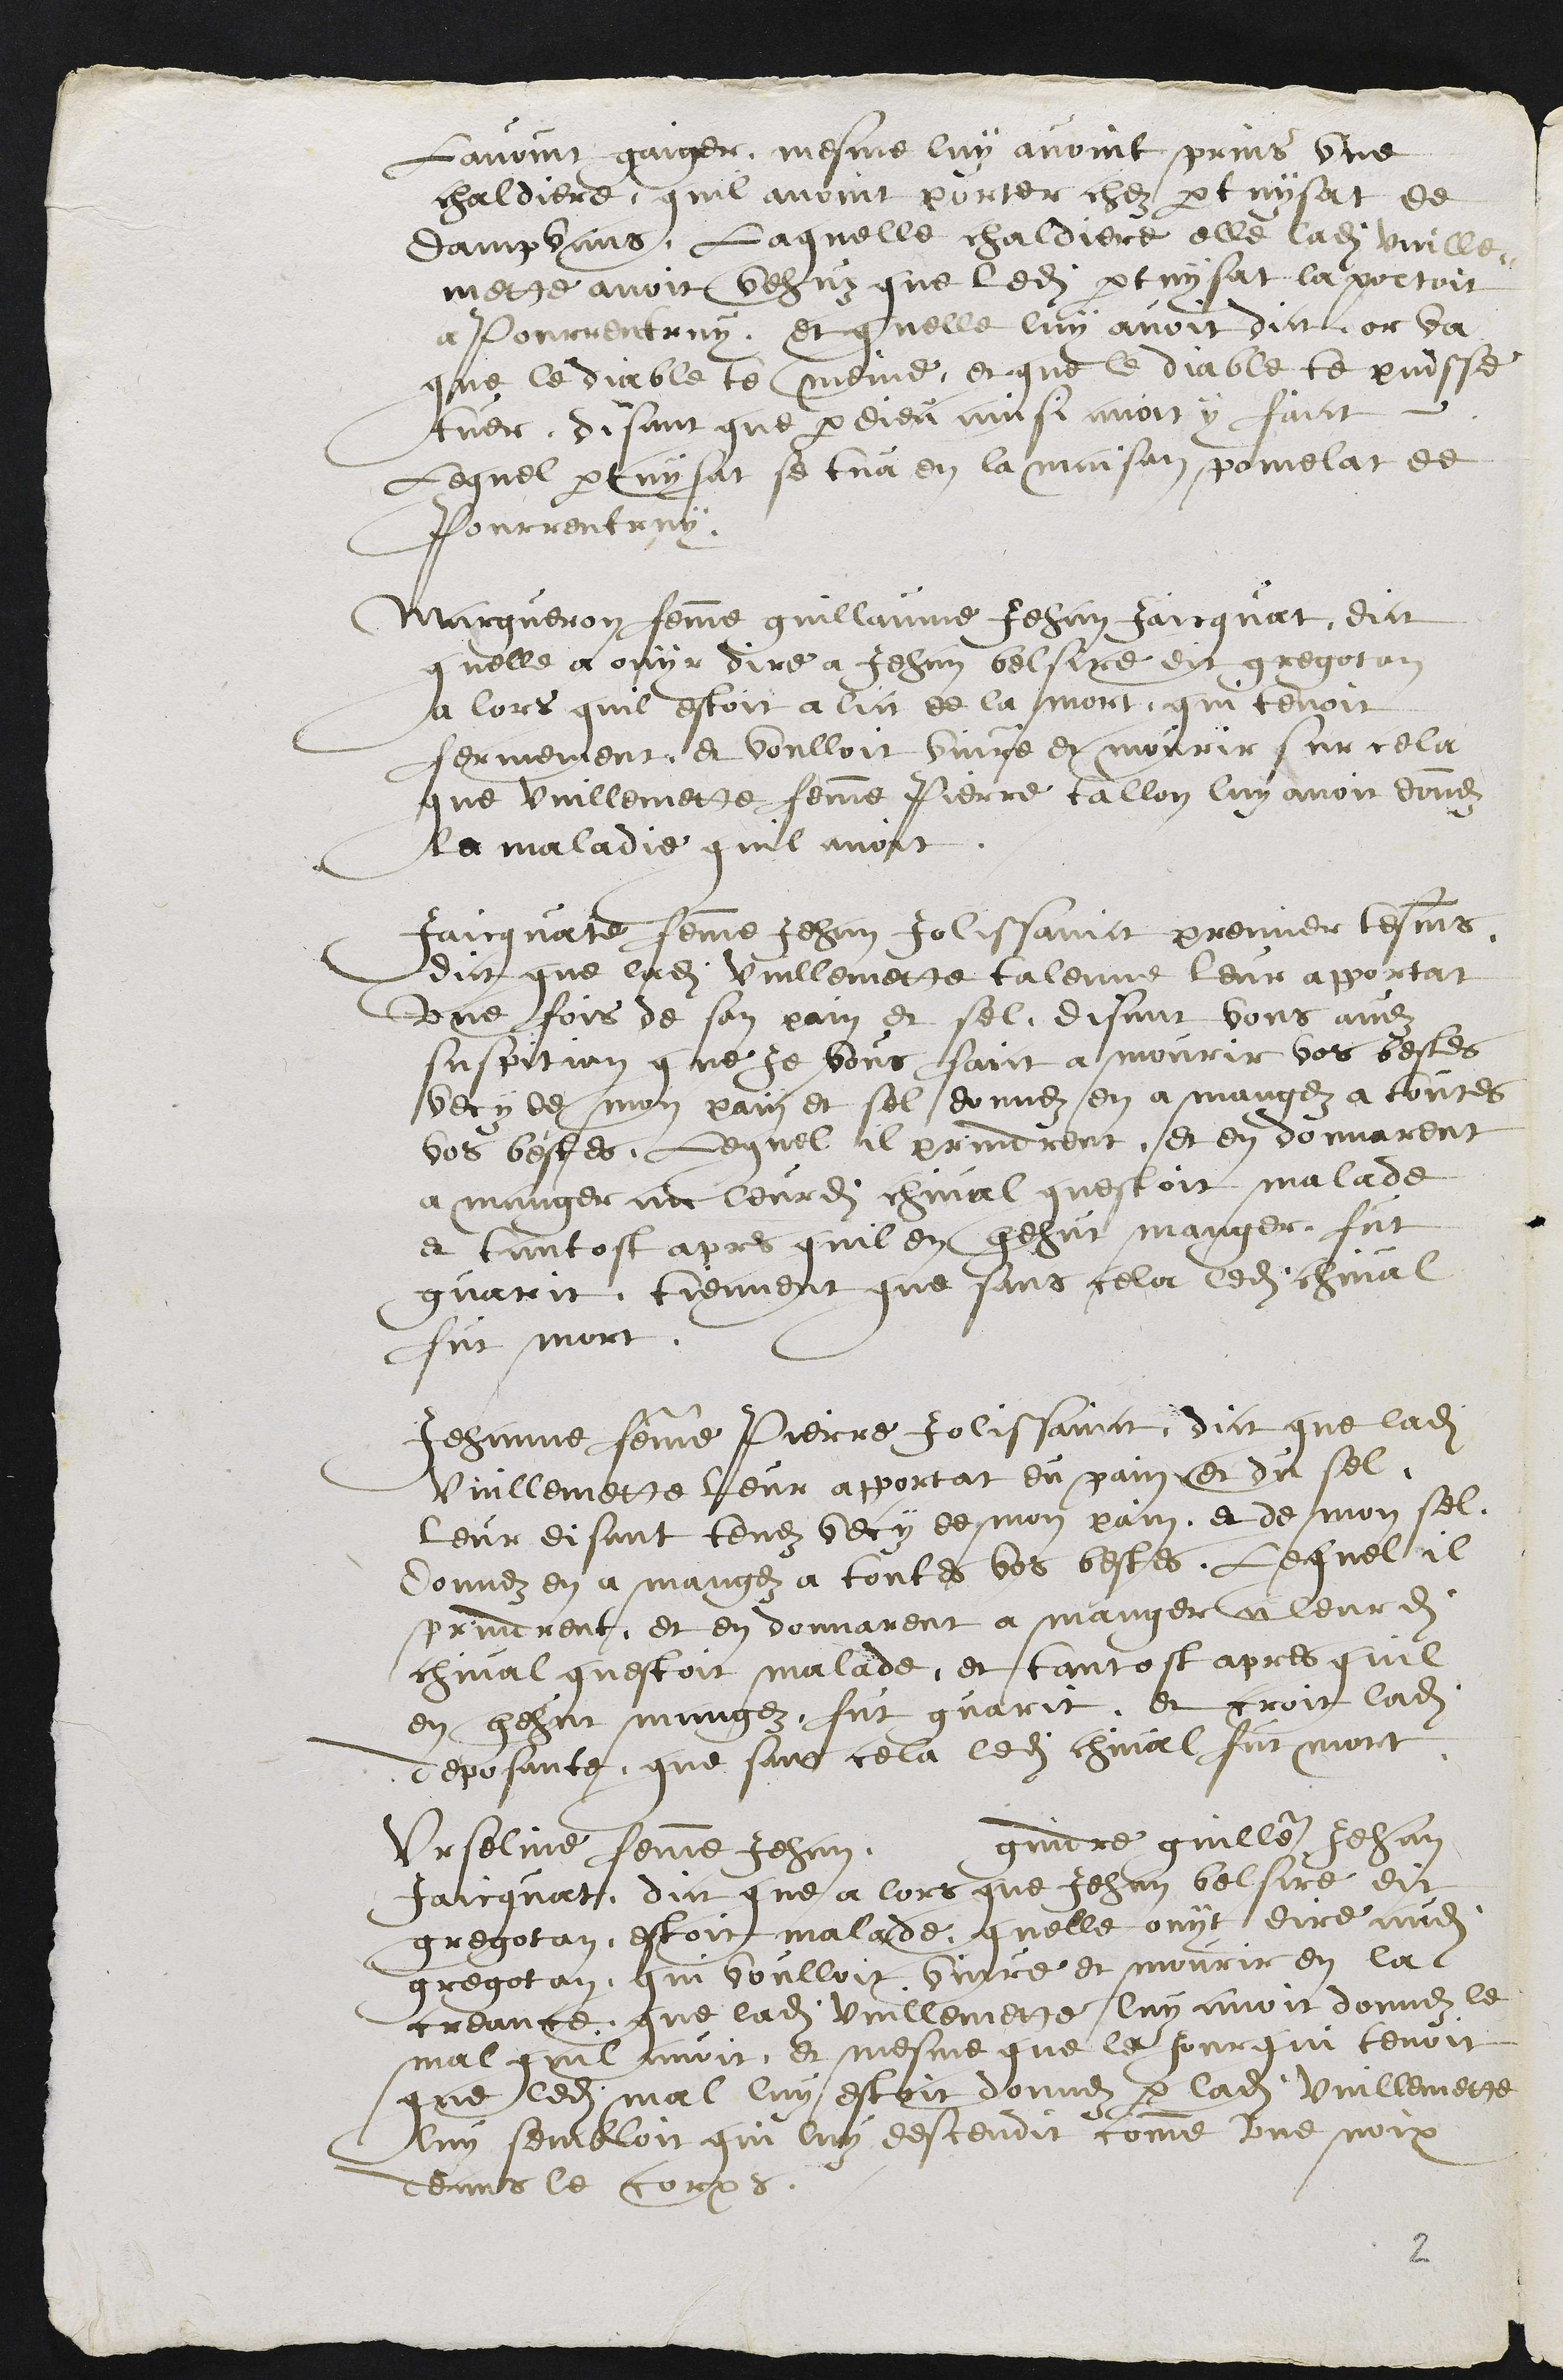
Lavoint gaiger, mesme luy avoint prins une
chaldiere, quil avoint porter chez pertuysat de
dampvans, Laquelle chaldiere elle ladite vuille-
mette avoir vehuz que ledit pertuysat laportoit
a Pourrentruy. Et quelle luy avoit dict or va
que le diable te meine, et que le diable te puisse
tuer, disant que par dieu ainsi avoit y faict
Lequel pertuysat se tua en la maison pomelat de
Pourrentruy.
Margueron femme guillaume Jehan Jaicquat dict
quelle a ouyr dire a Jehan belsire dit gregotan
alors quil estoit a lict de la mort, qui tenoit
fermement et voulloit vivre et mourir sur cela
que vuillemette femme Pierre tallon luy avoir donnez
La maladie quil avoit.
Jaicquate femme Jehan Jolissainct premier tesmoins
dict que ladite vuillemette Talonne leur apportat
une fois de son pain et sel disant vous avez
suspition que je vous faict a mourir vos bestes
vecy de mon pain et sel donnez en a mangez a toutes
vos bestes, Lequel il prindrent et en donnarent
a manger au leurdit chival questoit malade
et tantost apres quil en hehus manger, fut
guarit, tiennent que sans cela ledit cheval
fut mort.
Jehanne femme Pierre Jolissainct, dict que ladite
Vuillemette leur apportat du pain et du sel
leur disant tenez vecy de mon pain, et de mon sel
donnez en a mangez a toutes vos bestes, Lequel il
prindrent et en donnarent a manger a leurdit
chival questoit malade, et tantost apres quil
en hehut mangez fut guarit et croit ladite
deposante, que sans cela ledit chival fut mort
Urseline femme Jehan gindre guillaume Jehan
Jaicquat dict que a lors que Jehan belsire dit
gregotan estoit malade quelle ouyt audit
gregotan qui voulloit vivre et mourir en la
creance que ladite vuillemette luy avoit donnez le
mal quil avoit, et mesme que le jour qui tenoit
que ledit mal luy estoit donnez par ladite vuillemette
luy sembloit qui luy descendit comme une noix
deans le corps.